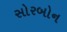
સોરબોન